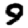
Digit: 9